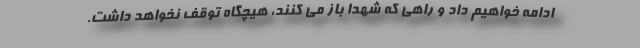
ادامه خواهیم داد و راهی که شهدا باز می کنند، هیچگاه توقف نخواهد داشت.